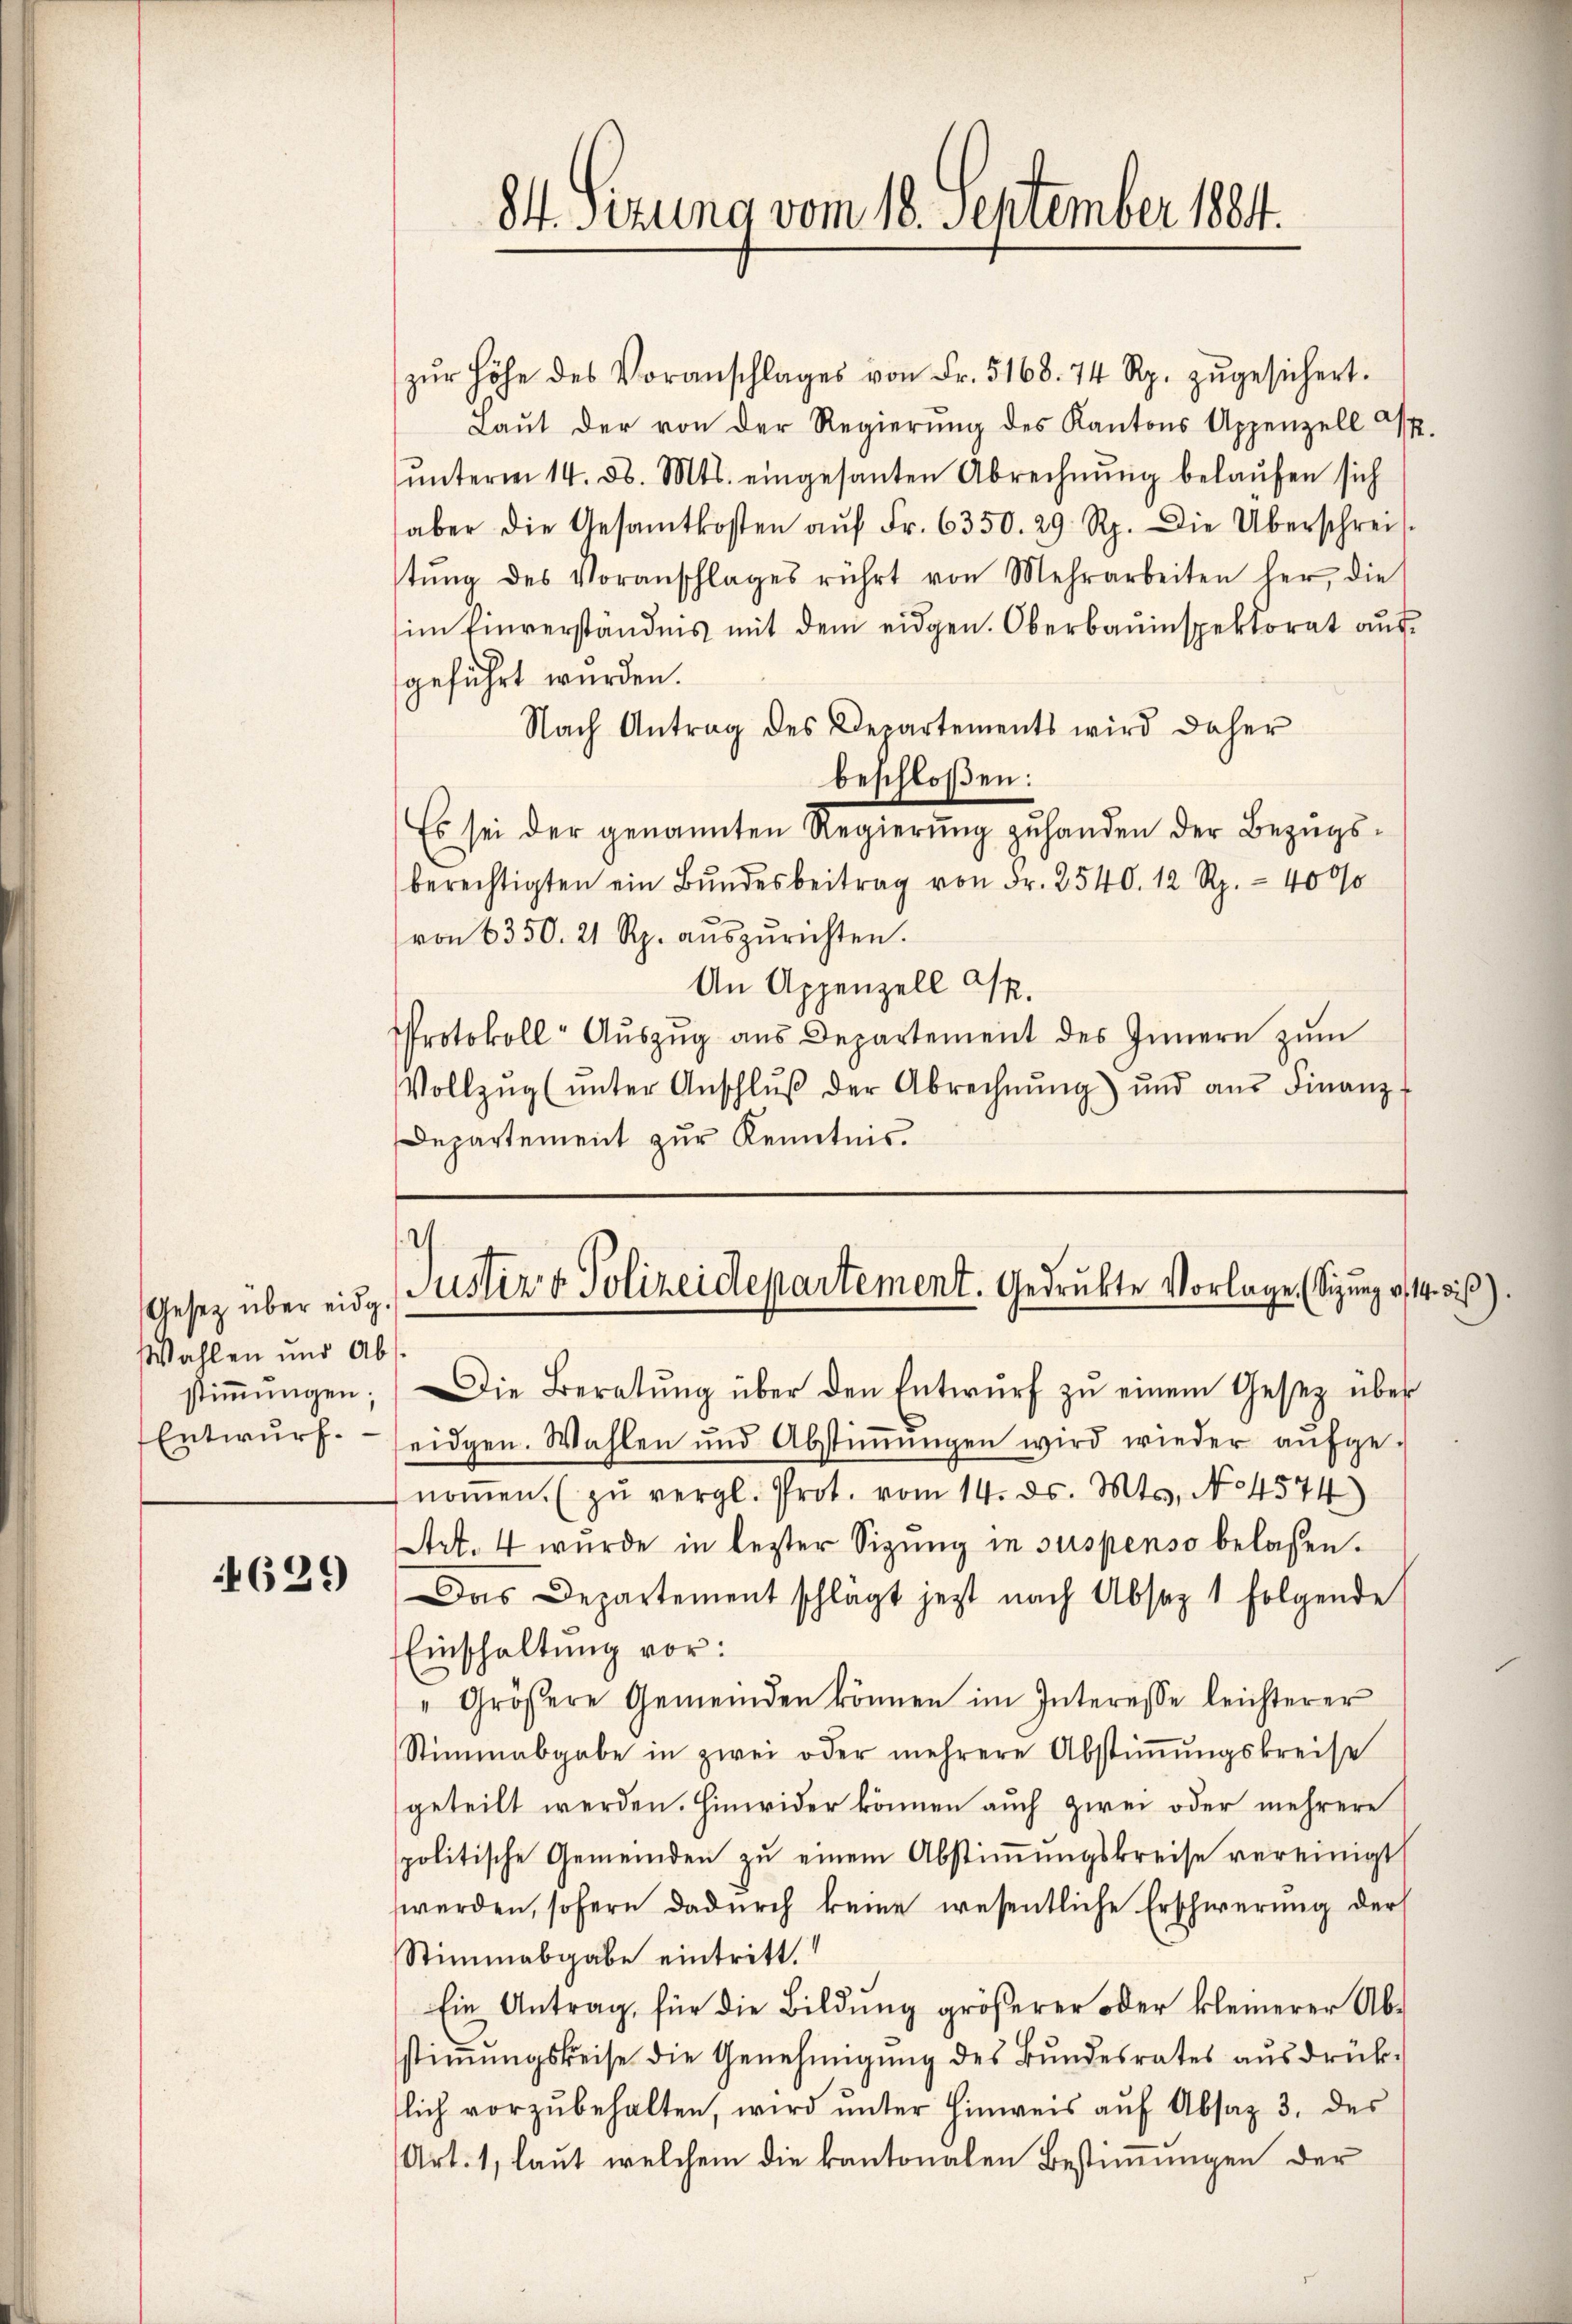
Gesetz über eidg.
Wahlen und Ab¬
Entwurf.

4629

zŭr Höhe des Voranschlages von Fr. 5168. 74 Rp. zŭgesichert.
Laŭt der von der Regierŭng des Kantons Appenzell A.
ŭnterm 14. d. Mts. eingesanten Abrechnŭng belaŭfen sich
aber die Gesamtkosten aŭf Fr. 6350. 29 Rp. Die Überschrei-
tŭng des Voranschlages rührt von Mehrarbeiten her, die
im Einverständnis mit dem eidgen. Oberbauinspektorat aŭf
geführt wurden.
Nach Antrag des Departements wird daher
beschloßen:
Es sei der genannten Regierŭng zŭ handen der Bezŭgs-
berechtigten ein Bŭndesbeitrag von Fr. 2540. 12 Rp. - 4000
von 6350. 21 Rp. aŭszŭrichten.
An Appenzell Sr.
Protokoll- Aŭszŭg aŭs Departement des Innern zŭm
Vollzŭg (ŭnter Anschlŭβ der Abrechnŭng) und aŭs Finanz-
Departement zur Kenntnis.

84. Sizung vom 18. September 1884.

I
Justiz & Polizeidepartement. Gedrukte Vorlage. (Sizung v. 14. diß)

stiṁŭngen. Die Beratŭng über den Entwŭrf zŭ einem Gesetz über
eidgen. Wahlen und Abstiṁŭngen wird wieder aŭfge-
noṁen. (zŭ vergl. Prot. vom 14. ds. Mts. No 4574)
Art. 4 wurde in lezter Sizŭng in suspenso belassen.
Das Departement schlägt jezt nach Absaz 1 folgende
Einschaltŭng vor:
" Größere Gemeinden können im Interesse leichterer
Stimmabgabe in zwei oder mehrere Abstiṁŭngskreise
geteilt werden. Hinwider können auch zwei oder mehrere
politische Gemeinden zŭ einem Abstiṁŭngskreise vereinigt
werden, sofern dadurch keine wesentliche Erschwerung der
Stimmabgabe eintritt.
Ein Antrag, für die Bildung größerer oder kleinerer Abstiṁŭngsweise die Genehmigŭng des Bŭndesrates aŭsdrück-
lich vorzŭbehalten, wird ŭnter Hinweis aŭf Absaz 3. des
Art. 1, laut welchem die kantonalen Bestimmungen der